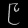
Digit: ၉